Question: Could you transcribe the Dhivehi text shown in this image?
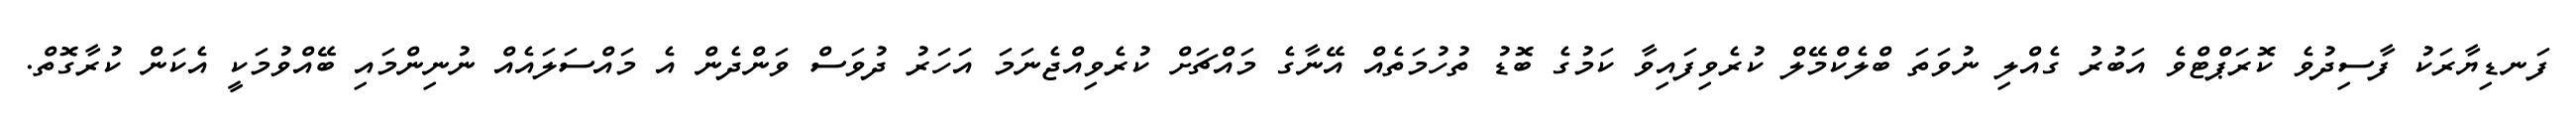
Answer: ފަނޑިޔާރަކު ފާސިދުވެ ކޮރަޕްޓްވެ އަބުރު ގެއްލި ނުވަތަ ބްލެކްމޭލް ކުރެވިފައިވާ ކަމުގެ ބޮޑު ތުހުމަތެއް އޭނާގެ މައްޗަށް ކުރެވިއްޖެނަމަ އަހަރު ދުވަސް ވަންދެން އެ މައްސަލައެއް ނުނިންމައި ބޭއްވުމަކީ އެކަން ކުރާގޮތް.